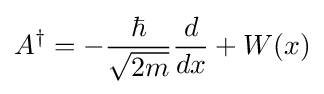
A^{\dagger }=-{\frac {\hbar }{\sqrt {2m}}}{\frac {d}{dx}}+W(x)